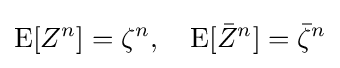
\operatorname {E} [Z^{n}]=\zeta ^{n},\quad \operatorname {E} [{\bar {Z}}^{n}]={\bar {\zeta }}^{n}